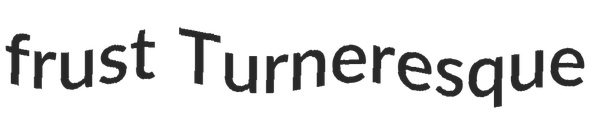
frust Turneresque